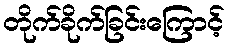
တိုက်ခိုက်ခြင်းကြောင့်